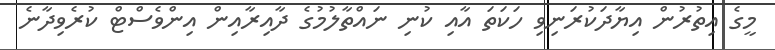
މީގެ އިތުރުން އިޔާދަކުރަނިވި ހަކަތަ އާއި ކުނި ނައްތާލުމުގެ ދާއިރާއިން އިންވެސްޓް ކުރެވިދާނެ